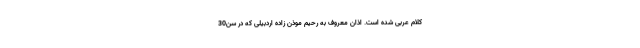
کلام عربی شده است. اذان معروف به رحیم موذن زاده اردبیلی که در سن30